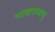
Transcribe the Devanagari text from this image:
भावगम्यम्